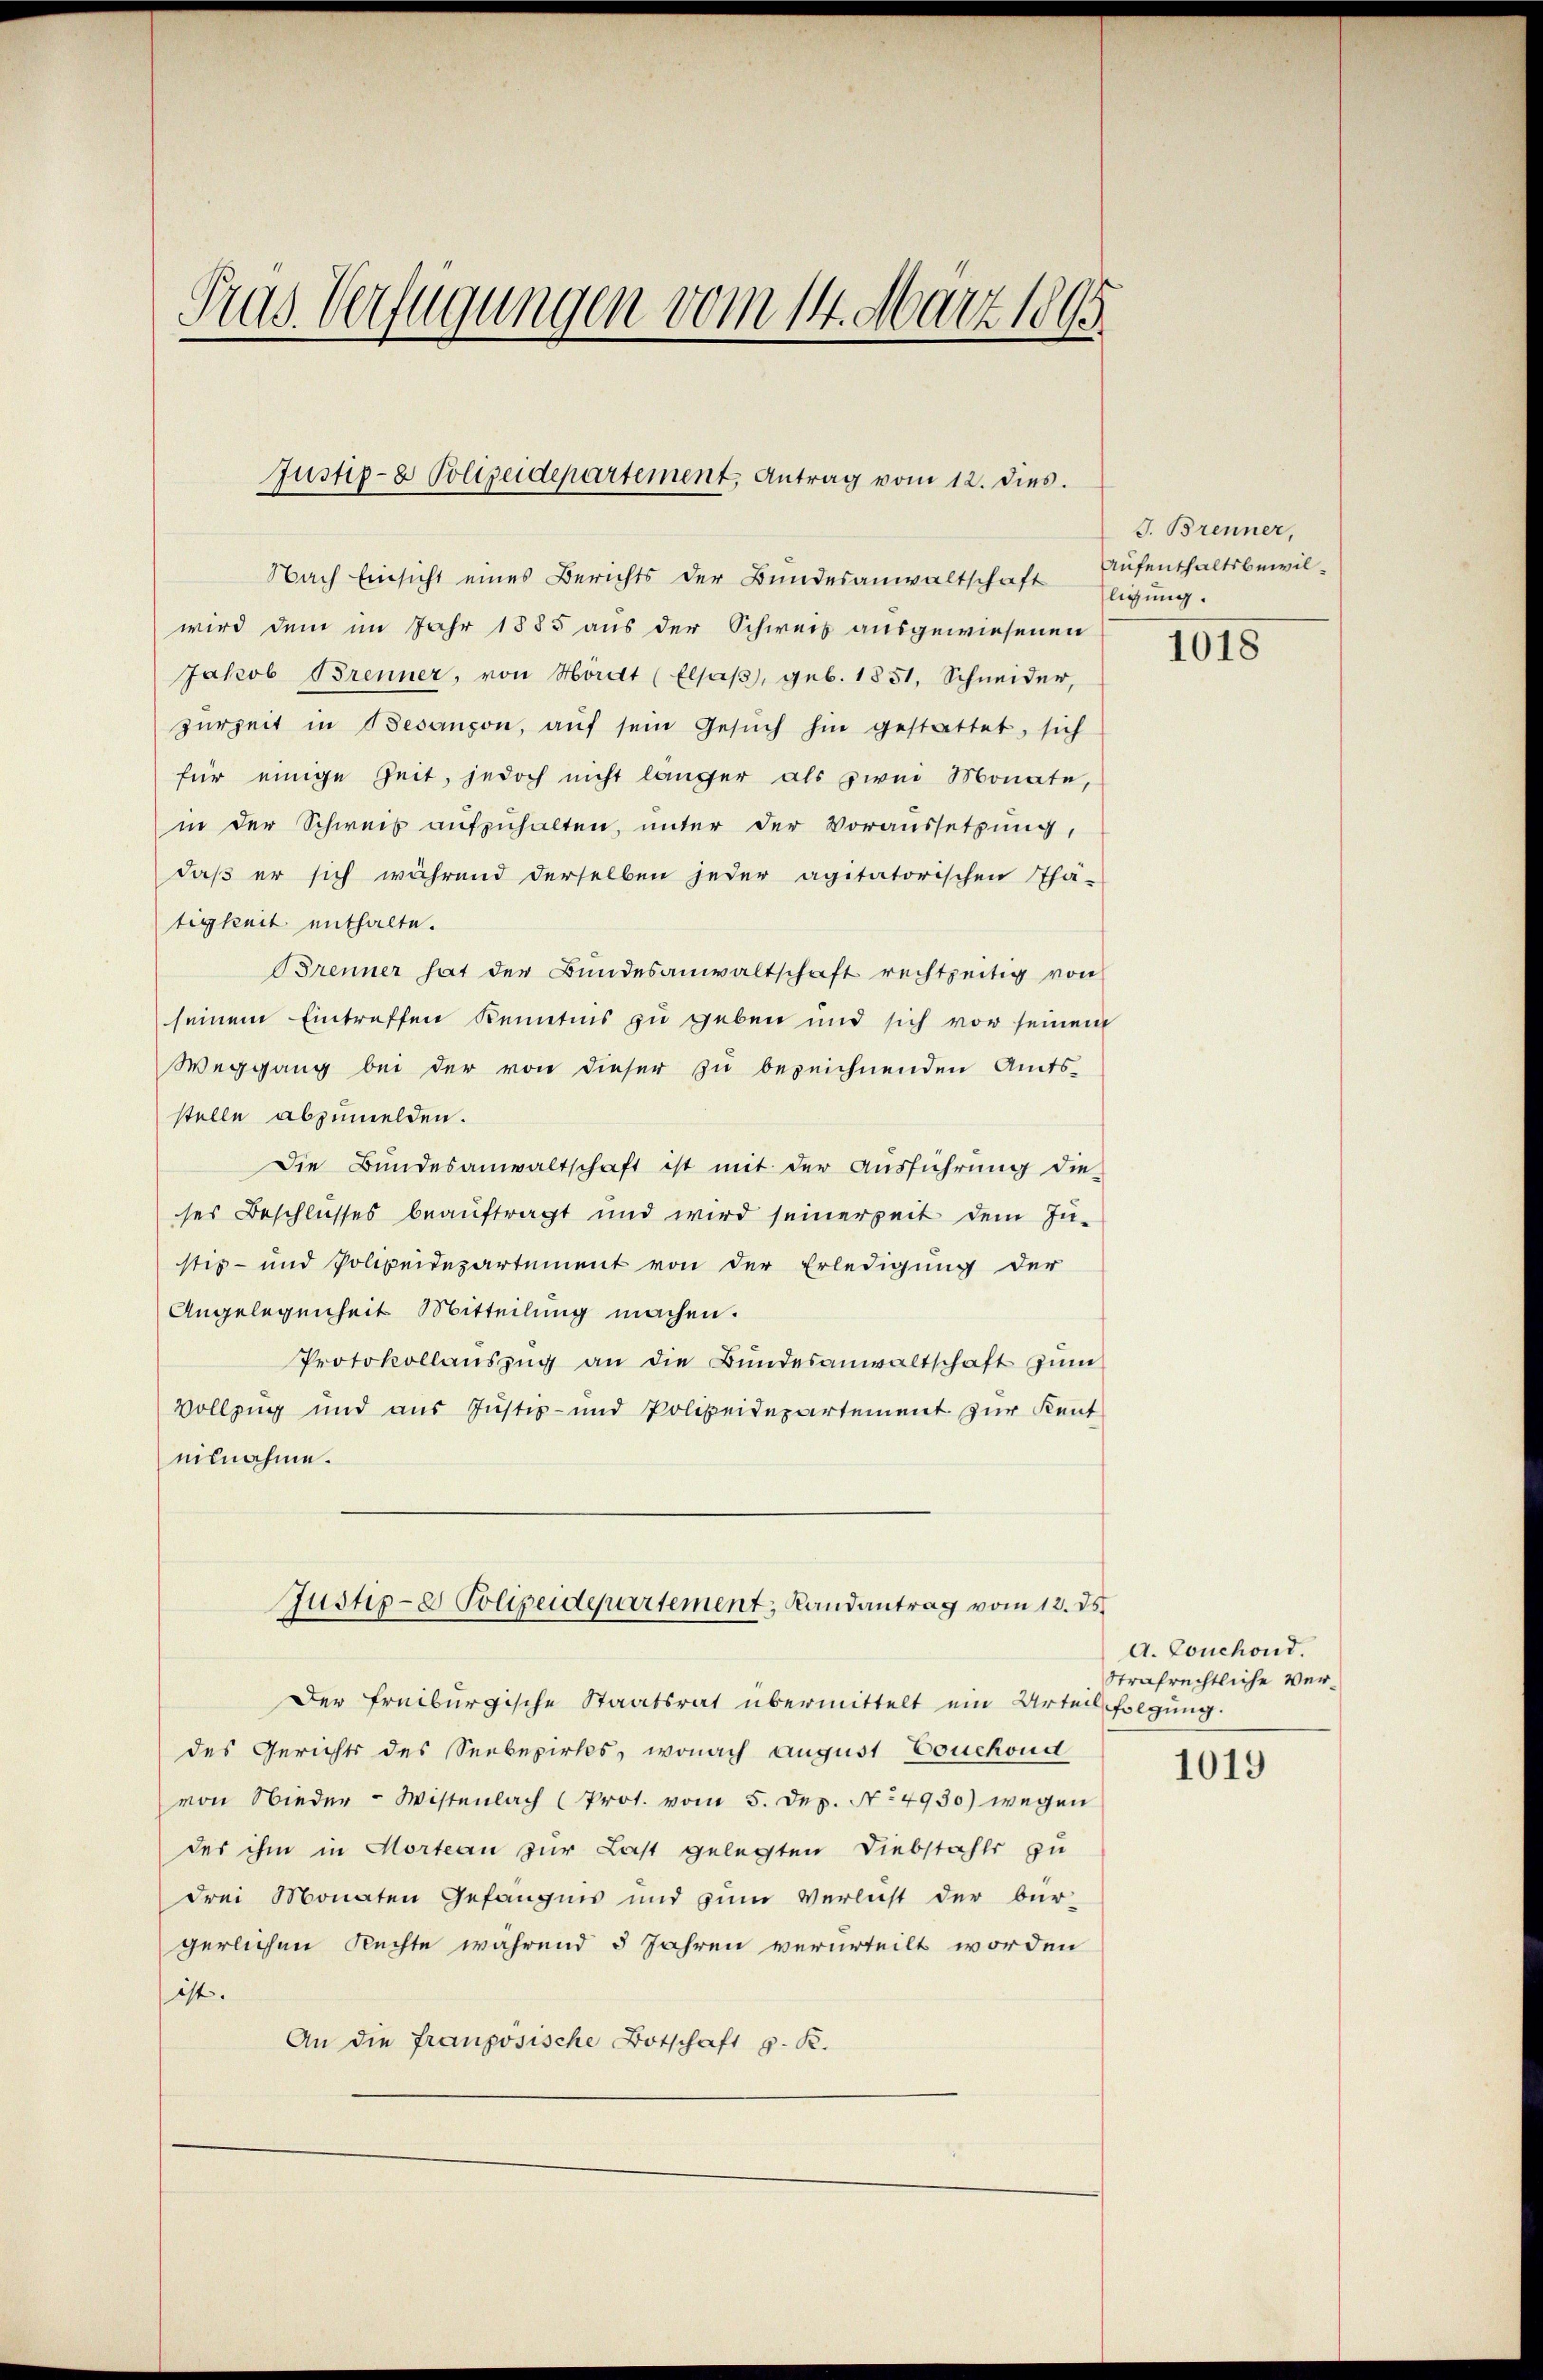
Pras Verfügungen vom 14. März 1895

Justiz- & Polizeidepartement, Antrag vom 12. dies.

Nach Einsicht eines Berichts der Bundesanwaltschaft Eligung.
wird dem im Jahr 1885 aus der Schweiz ausgewiesenen
Jakob Brenner, von Hördt (Elsaß, geb. 1851, Schneider,
zerzeit in Besanzon, aŭf sein Gesŭch hin gestattet, sich
für einige Zeit, jedoch nicht länger als zwei Monate,
in der Schweis aufzuhalten, unter der Voraussetzung,
daß er sich während derselben jeder agitatorischen Thä-
tigkeit enthalte.
Brenner hat der Bundesanwaltschaft rechtzeitig von
seinem Eintreffen Kenntnis zu geben und sich vor seinem
Weggang bei der von dieser zu bezeichnenden Amts-
stelle abzumelden.
Die Bundesanwaltschaft ist mit der Ausführung die
ses Beschlusses beauftragt und wird seinerzeit dem Ju-
stiz- und Polizeidepartement von der Erledigung der
Angelegenheit Mitteilung machen.
Protokollaŭszŭg an die Bŭndesanwaltschaft zum
Vollzug und aus Justiz- und Polizeidepartement zur Kenteisnahme.
Justiz- & Polizeidepartement, Landantrag vom 12. ds.
Der Freiburgische Staatsrat übermittelt ein Urteil folgung.
des Gerichts des Seebezirks, wonach August Couchoud
von Nieder-Wistenlach (Prot. vom 5. Dep. No 4930) wegen
des ihm in Morteau zur Last gelegten Diebstahls zu
drei Monaten Gefängnis und zum Verlust der bür-
gerlichen Rechte während 5 Jahren verurteilt worden
ist. |
An die französische Botschaft z. R.

J. Brenner,
Aufenthaltsbewil¬

1018

A. Couchond.
Strafrechtliche Ver¬

1019